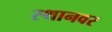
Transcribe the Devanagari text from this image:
स्थानवर